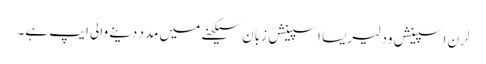
لرن اسپینش ود لیریسا اسپینش زبان سیکھنے میں مدد دینے والی ایپ ہے۔